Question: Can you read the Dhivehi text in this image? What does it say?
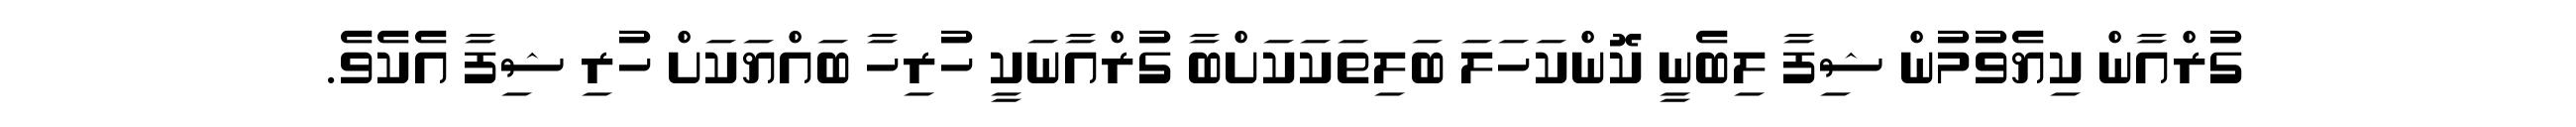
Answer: ގުރްއާން ކިޔެވުމުން ޝިފާ ލިބެނީ ކޮންކަހަލަ ބަލިތަކަކަށްބާ ގުރްއާނަކީ ހުރިހާ ބައްޔަކަށް ހުރި ޝިފާ އެކެވެ.